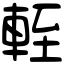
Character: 輊